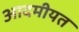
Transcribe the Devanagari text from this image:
आदमीयत